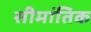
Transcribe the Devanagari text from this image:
सीमांतिक